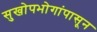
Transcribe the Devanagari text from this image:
सुखोपभोगांपासून